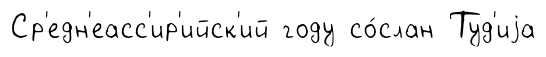
Ср'едн'еасс'ир'ийск'ий году со́слан Туд'иjа